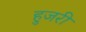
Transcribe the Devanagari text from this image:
हुजरी